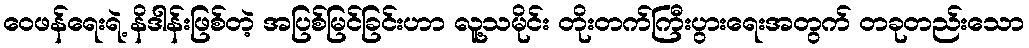
ဝေဖန်ရေးရဲ့ နိဒါန်းဖြစ်တဲ့ အပြစ်မြင်ခြင်းဟာ လူ့သမိုင်း တိုးတက်ကြီးပွားရေးအတွက် တခုတည်းသော